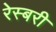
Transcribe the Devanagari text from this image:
रेस्बरी